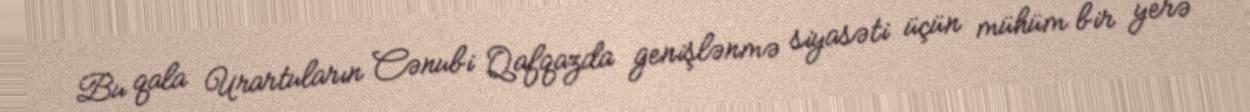
Bu qala Urartuların Cənubi Qafqazda genişlənmə siyasəti üçün mühüm bir yerə